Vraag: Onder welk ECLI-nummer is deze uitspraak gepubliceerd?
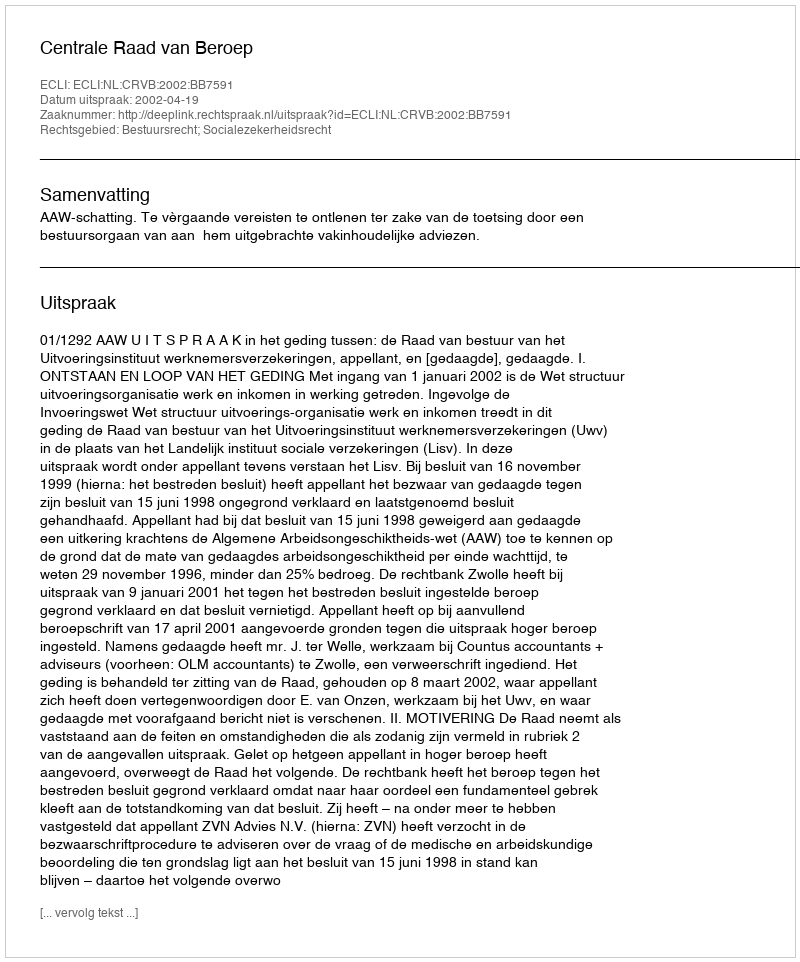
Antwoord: ECLI:NL:CRVB:2002:BB7591